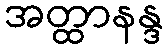
အတ္ထာနန္ဒ